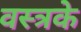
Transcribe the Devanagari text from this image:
वस्त्रके